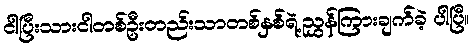
ငါပြီးသားငါတစ်ဦးတည်းသာတစ်နှစ်ရဲ့ညွှန်ကြားချက်ခဲ့ ပါပြီ။